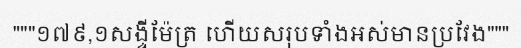
"""១៧៩,១សង្ទីម៉ែត្រ ហើយសរុបទាំងអស់មានប្រវែង"""